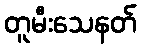
တူမီးသေနတ်